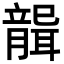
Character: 𦗤